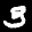
Label: 3